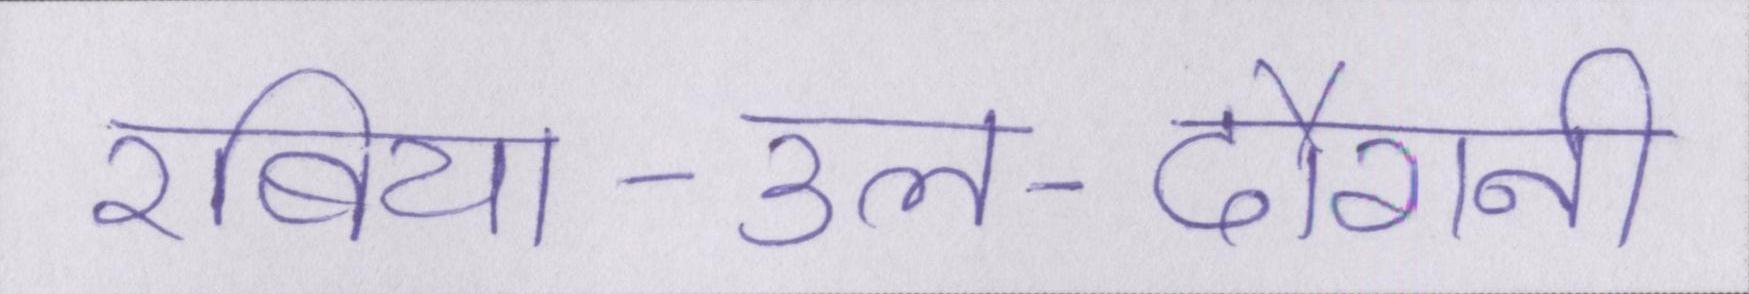
रबिया-उल-दौरानी